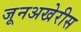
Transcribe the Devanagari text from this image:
जूनअखेरीस